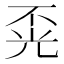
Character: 𱏤